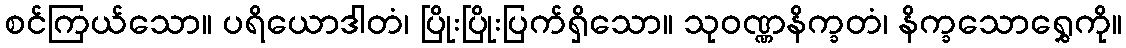
စင်ကြယ်သော။ ပရိယောဒါတံ၊ ပြိုးပြိုးပြက်ရှိသော။ သုဝဏ္ဏနိက္ခတံ၊ နိက္ခသောရွှေကို။